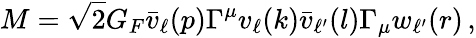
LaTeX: M=\sqrt{2}G_{F}\bar{v}_{\ell}(p)\Gamma^{\mu}{v}_{\ell}(k)\bar{v}_{\ell^{\prime}}(l)\Gamma_{\mu}{w}_{\ell^{\prime}}(r)\, ,